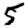
Digit: 5